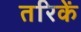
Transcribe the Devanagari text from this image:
तरिकें